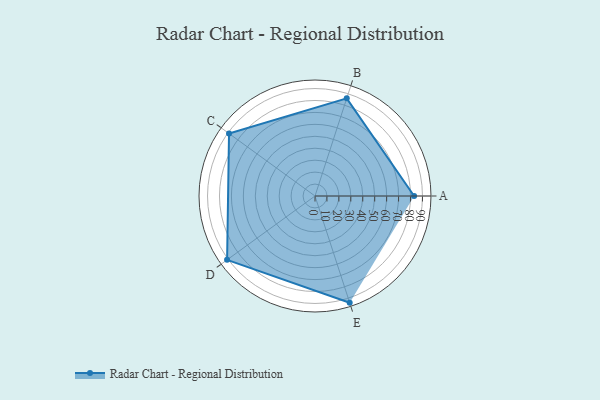
{"axis": {"x": "Skill", "y": "Score"}, "legend": ["Profile"], "data": [{"x": "A", "y": 83.0, "type": "Profile"}, {"x": "B", "y": 86.0, "type": "Profile"}, {"x": "C", "y": 89.0, "type": "Profile"}, {"x": "D", "y": 91.0, "type": "Profile"}, {"x": "E", "y": 94.0, "type": "Profile"}]}